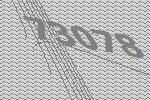
73078